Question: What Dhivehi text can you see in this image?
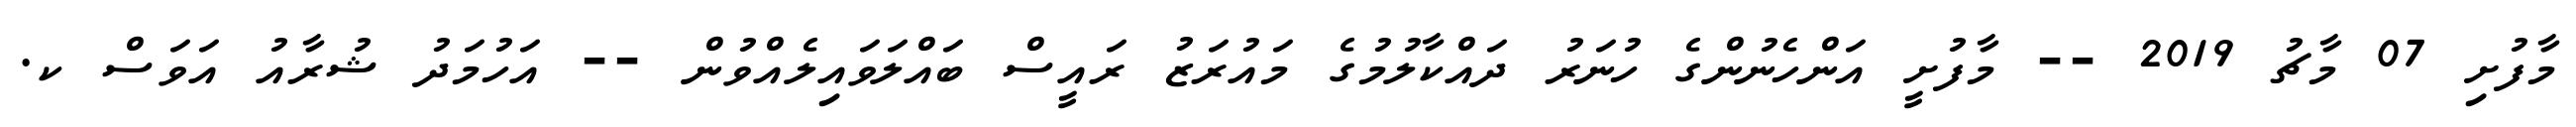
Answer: މާފުށި 07 މާޗު 2019 -- މާފުށީ އަންހެނުންގެ ހުނަރު ދައްކާލުމުގެ މައުރަޒު ރައީސް ބައްލަވައިލެއްވުން -- އަހުމަދު ޝުރާއު އަވަސް ކ.